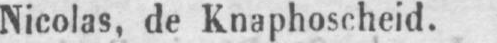
Nicolas, de Knaphoscheid.